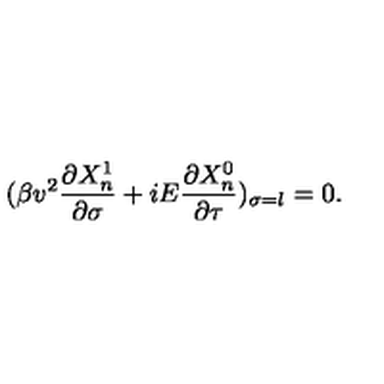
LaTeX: ( \beta v ^ { 2 } \frac { \partial X _ { n } ^ { 1 } } { \partial \sigma } + i E \frac { \partial X _ { n } ^ { 0 } } { \partial \tau } ) _ { \sigma = l } = 0 .